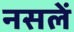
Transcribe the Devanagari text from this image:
नसलें